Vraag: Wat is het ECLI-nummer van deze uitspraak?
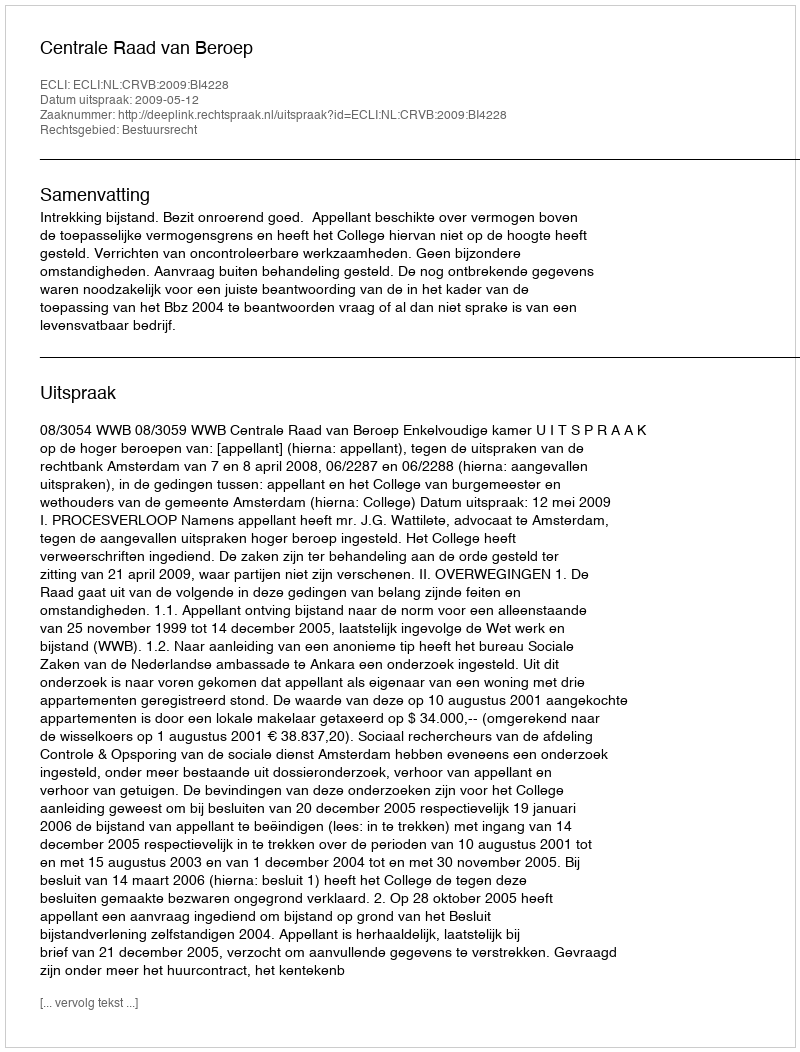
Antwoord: ECLI:NL:CRVB:2009:BI4228